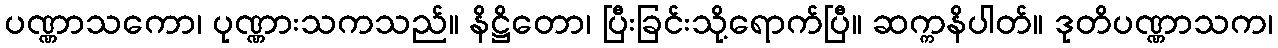
ပဏ္ဏာသကော၊ ပုဏ္ဏားသကသည်။ နိဋ္ဌိတော၊ ပြီးခြင်းသို့ရောက်ပြီ။ ဆက္ကနိပါတ်။ ဒုတိပဏ္ဏာသက၊